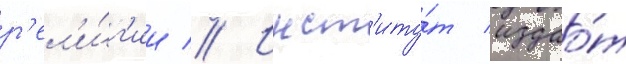
р'ел'и́г'ии // Инст'иту́т издао́т